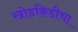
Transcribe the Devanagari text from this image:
खोडकिडीचा